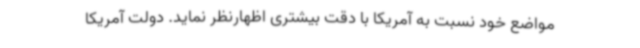
مواضع خود نسبت به آمریکا با دقت بیشتری اظهارنظر نماید. دولت آمریکا